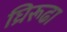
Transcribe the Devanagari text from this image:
घ्रिरूढा